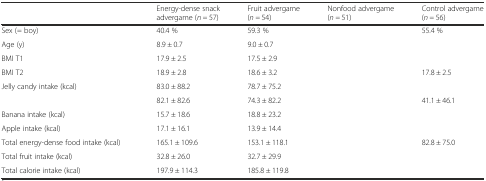
<table><thead><tr><td>[EMPTY_CELL]</td><td><b>Energy-dense snack advergame (<i>n =</i> 57)</b></td><td><b>Fruit advergame (<i>n =</i> 54)</b></td><td><b>Nonfood advergame (<i>n =</i> 51)</b></td><td><b>Control advergame (<i>n =</i> 56)</b></td></tr></thead><tbody><tr><td>Sex (= boy)</td><td>40.4 %</td><td>59.3 %</td><td>[EMPTY_CELL]</td><td>55.4 %</td></tr><tr><td>Age (y)</td><td>8.9 ± 0.7</td><td>9.0 ± 0.7</td><td>[EMPTY_CELL]</td><td>[EMPTY_CELL]</td></tr><tr><td>BMI T1</td><td>17.9 ± 2.5</td><td>17.5 ± 2.9</td><td>[EMPTY_CELL]</td><td>[EMPTY_CELL]</td></tr><tr><td>BMI T2</td><td>18.9 ± 2.8</td><td>18.6 ± 3.2</td><td>[EMPTY_CELL]</td><td>17.8 ± 2.5</td></tr><tr><td>Jelly candy intake (kcal)</td><td>83.0 ± 88.2</td><td>78.7 ± 75.2</td><td>[EMPTY_CELL]</td><td>[EMPTY_CELL]</td></tr><tr><td>[EMPTY_CELL]</td><td>82.1 ± 82.6</td><td>74.3 ± 82.2</td><td>[EMPTY_CELL]</td><td>41.1 ± 46.1</td></tr><tr><td>Banana intake (kcal)</td><td>15.7 ± 18.6</td><td>18.8 ± 23.2</td><td>[EMPTY_CELL]</td><td>[EMPTY_CELL]</td></tr><tr><td>Apple intake (kcal)</td><td>17.1 ± 16.1</td><td>13.9 ± 14.4</td><td>[EMPTY_CELL]</td><td>[EMPTY_CELL]</td></tr><tr><td>Total energy-dense food intake (kcal)</td><td>165.1 ± 109.6</td><td>153.1 ± 118.1</td><td>[EMPTY_CELL]</td><td>82.8 ± 75.0</td></tr><tr><td>Total fruit intake (kcal)</td><td>32.8 ± 26.0</td><td>32.7 ± 29.9</td><td>[EMPTY_CELL]</td><td>[EMPTY_CELL]</td></tr><tr><td>Total calorie intake (kcal)</td><td>197.9 ± 114.3</td><td>185.8 ± 119.8</td><td>[EMPTY_CELL]</td><td>[EMPTY_CELL]</td></tr></tbody></table>